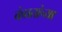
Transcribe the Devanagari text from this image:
कंप्रतांच्या